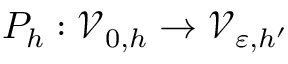
P _ { h } : \mathcal { V } _ { 0 , h } \to \mathcal { V } _ { \varepsilon , h ^ { \prime } }